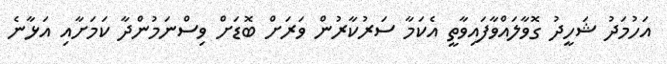
އަހުމަދު ޝަހީދު ގޮވާލައްވާފައިވާތީ އެކަމާ ސަރުކާރުން ވަރަށް ބޮޑަށް ވިސްނަމުންދާ ކަމަށާއި އަޅާނެ